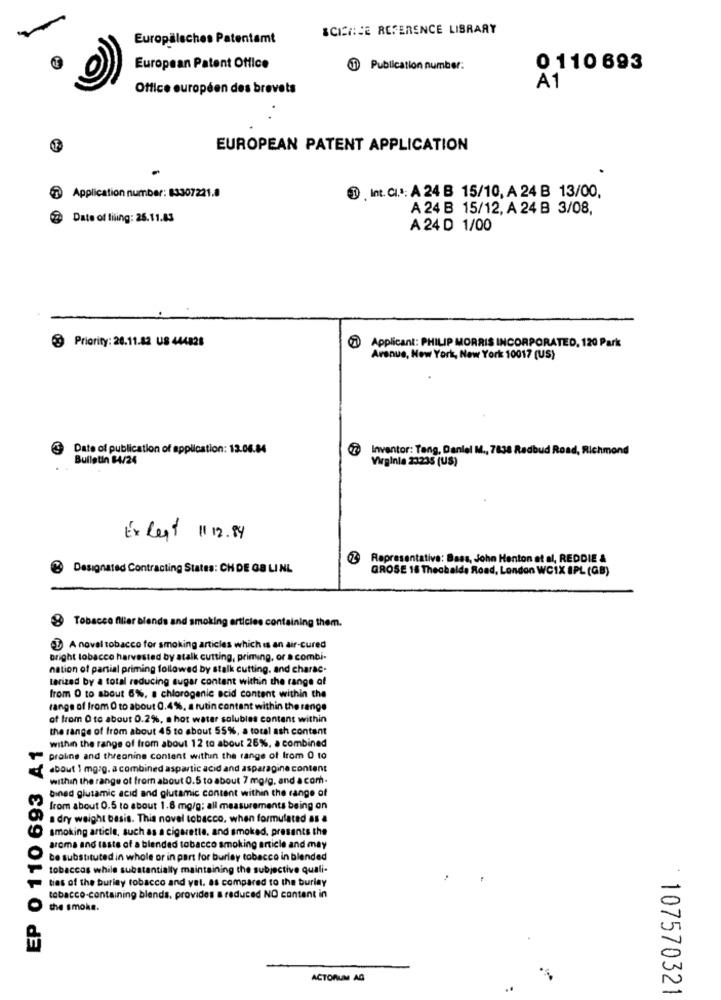
SCIENCE REFERENCE LIBRARY
Europäisches Patentamt
European Patent Office
1 Publication number:
0 110 693
Office européen des brevets
A1
EUROPEAN PATENT APPLICATION
Application number: 83307221.8
1 . Int. CI .*: A 24 B 15/10, A 24 B 13/00,
A 24 B 15/12, A 24 B 3/08,
Date of filing: 25.11.83
A 24 D 1/00
Priority: 28.11.82 US 444828
Applicant: PHILIP MORRIS INCORPORATED, 120 Park
Avenue, New York, New York 10017 (US)
Date of publication of application: 13.06.84
Inventor: Tang. Daniel M ., 7638 Redbud Road, Richmond
Bulletin 84/24
Virginia 23235 (US)
Ex Rest 1112.94
Representative: Bass, John Henton at al, REDDIE &
Designated Contracting States: CH DE GB LI NL
GROSE 18 Thechalda Road, London WCIX IPL (GB)
Tobacco filler blends and smoking articles containing them.
A novel tobacco for smoking articles which is an air-cured
Bright tobacco harvested by atalk cutting, priming, or a combi-
nation of partial priming followed by stalk cutting, and charac.
larized by a total reducing sugar content within the range of
from O to about 6%, a chlorogenic acid content within the
range of from 0 to about 0.4%, a rutin content within the range
of from 0 to about 0.2%, a hot water solubles content within
the range of from about 45 to about 55%, a total ash content
EP 0 110 693 A1
within the range of from about 12 to about 26%, a combined
praline and threonine content within the range of Irom 0 to
about 1 mg/g. a combined aspartic acid and asparagine content
within the range of from about 0.5 to about 7 mg/g. and a com-
bined glutamic acid and glutamic content within the range of
from about 0.5 to about 1.6 mg/g; all measurements being on
a dry weight basis. This novel tobacco, when formulated as a
smoking article, such as a cigarette, and smoked, presents the
aroma and taste of a blended tobacco smoking article and may
be substituted in whole or in part for burley tobacco in blended
tobaccos while substantially maintaining the subjective quali-
ties of the burley tobacco and vel. as compared to the burley
tobacco-containing blends, provides a reduced NO content in
the smoke.
ACTORUM AG
107570321